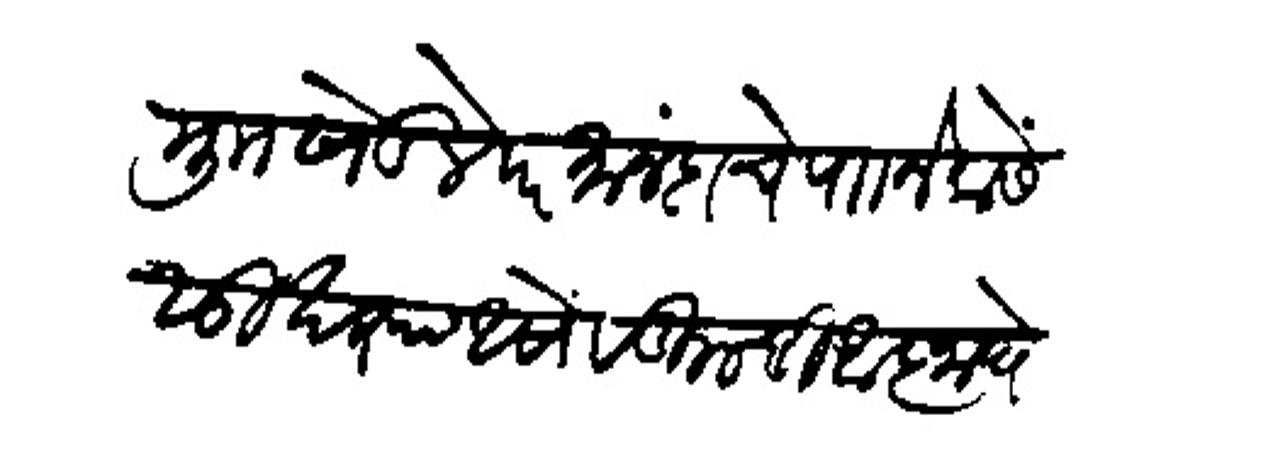
Transliteration (Devanagari): मुाा खेडले परमानंदाचे पाा नेवासे सुखरूप आसों वडिलाची आज्ञा घेऊन